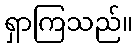
ရှာကြသည်။